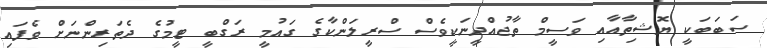
ސަބަބަކީ ޔޮޝިތާއާއި ވަސީމް ތާޖުއްދީނަކީވެސް ސްރީލަންކާގެ ގައުމީ ރަގްބީ ޓީމުގެ ދެތަރިންނަށް ވެފައި